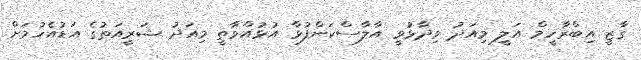
ގާޒީ އިބްރާހީމް އަލީ މިއަދު ވިދާޅުވީ އާލާސްކަންފުޅާ އުޅުއްވާތީ މިއަދު ޝަރީއަތުގެ އަޑުއެހުމަށް